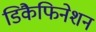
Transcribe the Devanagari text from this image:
डिकैफिनेशन